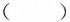
()